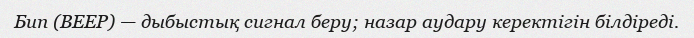
Бип (BEEP) — дыбыстық сигнал беру; назар аудару керектігін білдіреді.